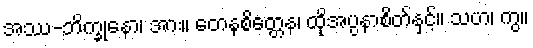
အဿ-ဘိက္ခုနော၊ အား။ တေနစိတ္တေန၊ ထိုအပ္ပနာစိတ်နှင့်။ သဟ၊ ကွ။